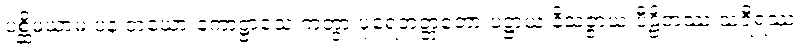
ပစ္ဆိမယာမံ ပန တယော ကောဋ္ဌာသေ ကတွာ ပုရေဘတ္တတော ပဋ္ဌာယ နိသဇ္ဇာယ ပီဠိတဿ သရီရဿ